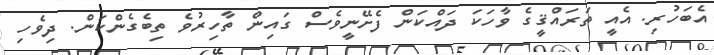
އެބަހުރި. އެއީ ތަރައްޤީގެ ވާހަކަ ދައްކަން ފެށޭނީވެސް ގައިން ތާހިރުވެ ތިބެގެންކަން. ދިވެހި